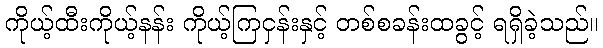
ကိုယ့်ထီးကိုယ့်နန်း ကိုယ့်ကြငှန်းနှင့် တစ်စခန်းထခွင့် ရရှိခဲ့သည်။